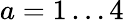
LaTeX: a=1\dots 4